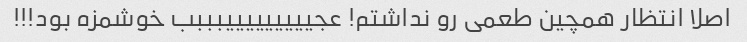
اصلا انتظار همچین طعمی رو نداشتم! عجیییییییییبببب خوشمزه بود!!!